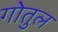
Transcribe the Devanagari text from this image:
गोतुल